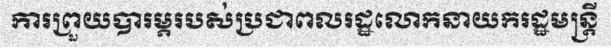
ការព្រួយបារម្ភរបស់ប្រជាពលរដ្ឋលោកនាយករដ្ឋមន្ត្រី